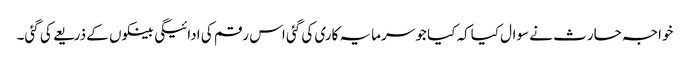
خواجہ حارث نے سوال کیاکہ کیا جو سرمایہ کاری کی گئی اس رقم کی ادائیگی بینکوں کے ذریعے کی گئی۔